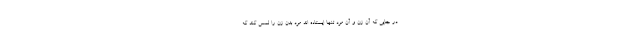
در جایی که آن زن و آن مرد تنها ایستاده اند مرد بدن زن را لمس کند که